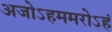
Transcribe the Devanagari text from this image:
अजोऽहममरोऽहं